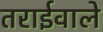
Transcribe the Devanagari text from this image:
तराईवाले